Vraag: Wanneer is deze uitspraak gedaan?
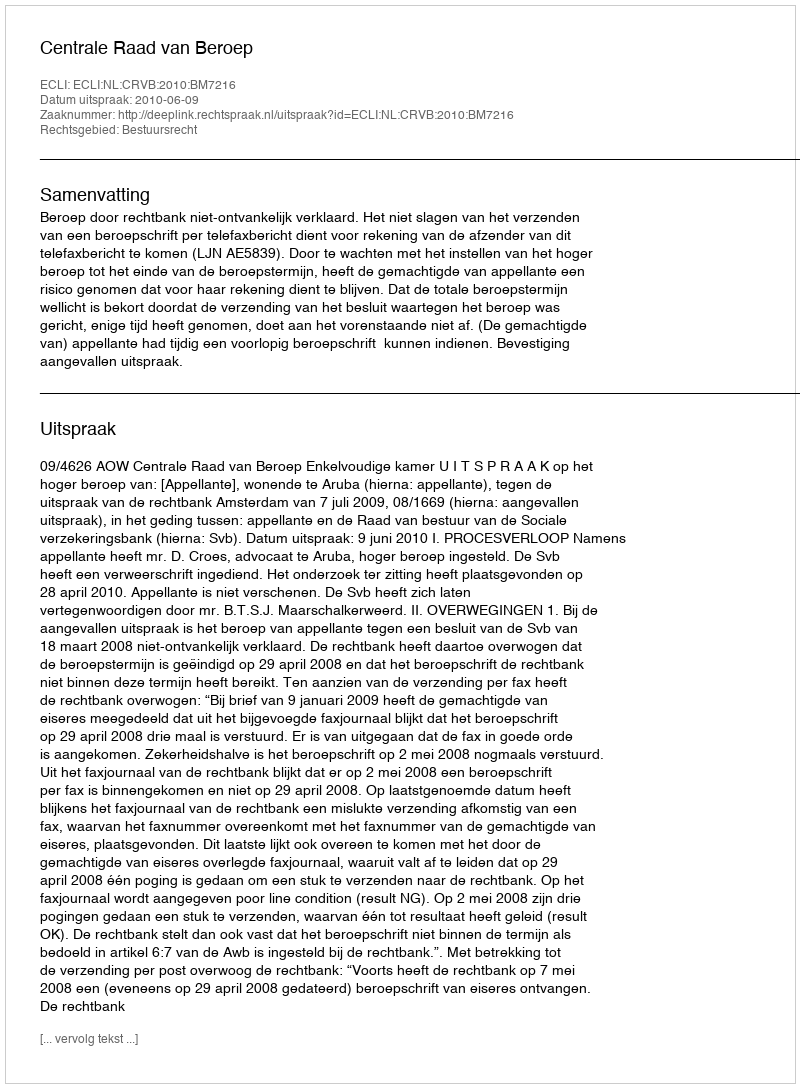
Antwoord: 2010-06-09